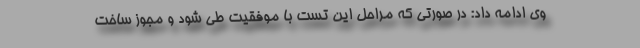
وی ادامه داد: در صورتی که مراحل این تست با موفقیت طی شود و مجوز ساخت